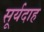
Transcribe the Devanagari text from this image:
सूर्यदाह